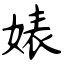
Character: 婊